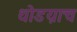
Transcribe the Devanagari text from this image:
थोडय़ाच